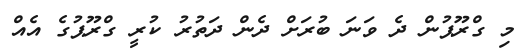
މި ގްރޫޕުން ދެ ވަނަ ބުރަށް ދެން ދަތުރު ކުރީ ގްރޫޕުގެ އެއް